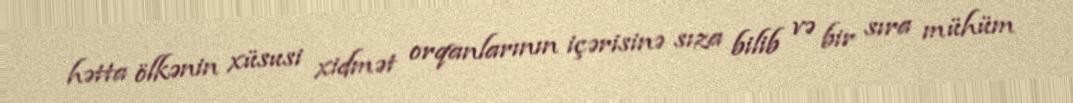
hətta ölkənin xüsusi xidmət orqanlarının içərisinə sıza bilib və bir sıra mühüm